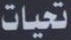
تحيات